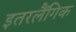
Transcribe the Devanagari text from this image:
इतरलैंगिक